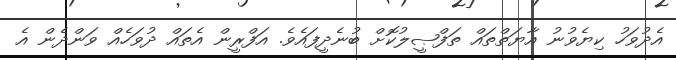
އެދުވަހު ކިޔެވުނު އާޔަތްތައް ތަފްޞީލުކޮށް ބުނެދީފައެވެ. އަފްރީން އެތައް ދުވަހެއް ވަންދެން އެ